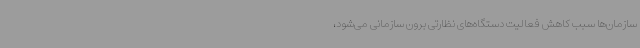
سازمان‌ها سبب کاهش فعالیت دستگاه‌های نظارتی برون سازمانی می‌شود،